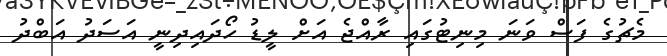
މެޗުގެ ފަސް ވަނަ މިނިޓުގައި ރާއްޖެ އަށް ލީޑު ހޯދައިދިނީ އަސަދު އަބްދު